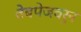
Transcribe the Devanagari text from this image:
वेबपेजवरुन